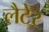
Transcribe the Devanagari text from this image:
लैटेर